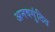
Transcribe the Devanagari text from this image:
अनवगुंठित